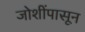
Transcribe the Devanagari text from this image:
जोशींपासून